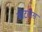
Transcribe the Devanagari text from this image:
बीटलेस